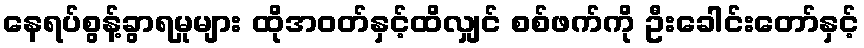
နေရပ်စွန့်ခွာရမှုများ ထိုအဝတ်နှင့်ထိလျှင် စစ်ဖက်ကို ဦးခေါင်းတော်နှင့်